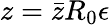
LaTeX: z=\bar{z}R_{0}{\epsilon}